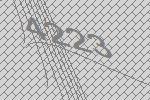
4223